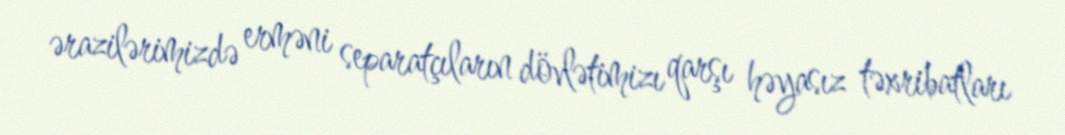
ərazilərimizdə erməni separatçıların dövlətimizı qarşı həyasız təxribatları